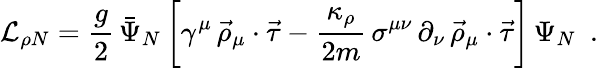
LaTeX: {\cal L}_{\rho N}=\frac{g}{2}\, \bar{\Psi}_{N}\, \biggl[\gamma^{\mu}\, \vec{\rho}_{\mu}\cdot\vec{\tau}-\frac{\kappa_{\rho}}{2m}\, \sigma^{\mu\nu}\, \partial_{\nu}\, \vec{\rho}_{\mu}\cdot\vec{\tau}\biggr]\, \Psi_{N}\, \, \, .